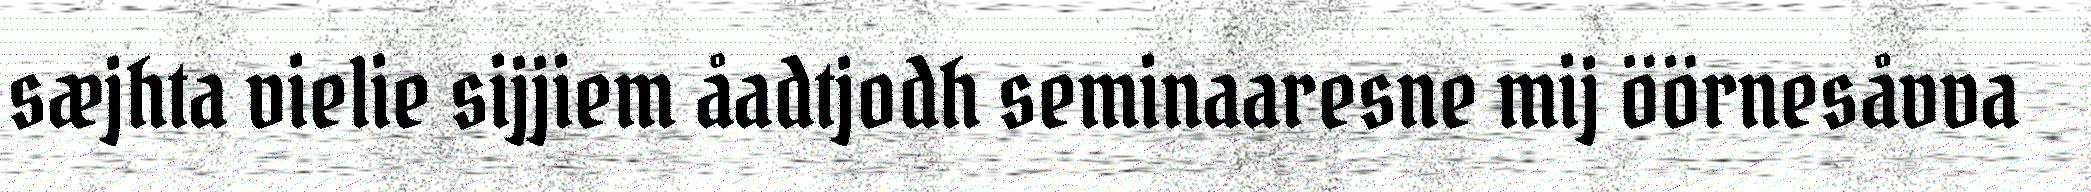
sæjhta vielie sijjiem åadtjodh seminaaresne mij öörnesåvva